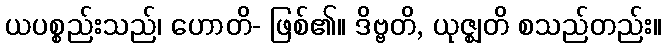
ယပစ္စည်းသည်၊ ဟောတိ- ဖြစ်၏။ ဒိဗ္ဗတိ, ယုဇ္ဈတိ စသည်တည်း။